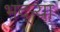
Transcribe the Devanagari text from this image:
भद्‌ऱ्या